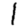
Digit: 1